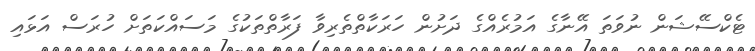
ޓެކްސޭޝަން ނުވަތަ އޭނާގެ އަމުރެއްގެ ދަށުން ހަރަކާތްތެރިވާ ފަރާތްތަކުގެ މަސައްކަތަށް ހުރަސް އަޅައި